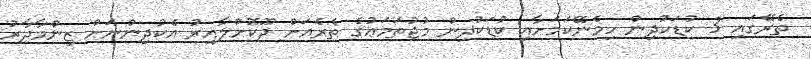
ތެރޭގައި 3 ކުޑަކުދިން ހިމެނޭކަމަށާއި ކުޑަކުދިން މުޖުތަމަޢުގެ ތެރެއަށް ދޫކޮށްލާއިރު އެކުދިންނަށް ޒިންމާދާރު